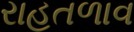
રાહતળાવ